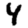
Digit: 4